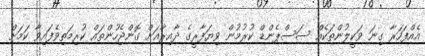
އެއްފަހަރާ ގިނަ ވަކީލުންތަކެއް ސަސްޕެންޑް ކުރުމުން ވިޔަފާރީގެ ދާއިރާއަށް ގޮންޖެހުންތައް ކުރިމަތިވެފައިވާ ކަމަށް